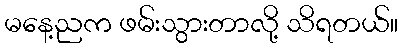
မနေ့ညက ဖမ်းသွားတာလို့ သိရတယ်။